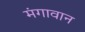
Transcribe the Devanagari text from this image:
मंगावान